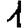
Digit: 1